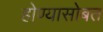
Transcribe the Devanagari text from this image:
होण्यासोबत